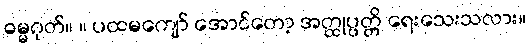
ဓမ္မဂုတ်။ ။ ပထမကျော် အောင်တော့ အတ္ထုပ္ပတ္တိ ရေးသေးသလား။